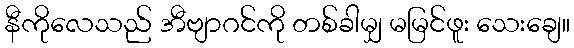
နီကိုလေသည် အီဗျာဂင်ကို တစ်ခါမျှ မမြင်ဖူး သေးချေ။